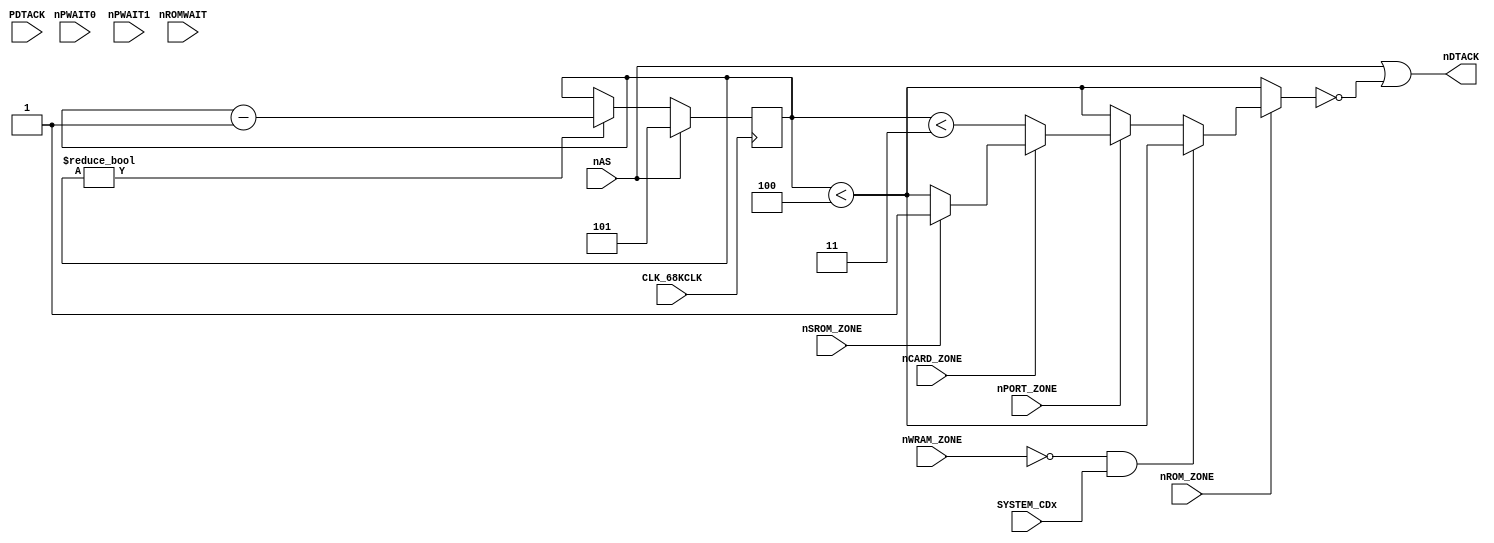
module c1_wait(
	input CLK_68KCLK, nAS,
	input SYSTEM_CDx,
	input nROM_ZONE, nWRAM_ZONE, nPORT_ZONE, nCARD_ZONE, nSROM_ZONE,
	input nROMWAIT, nPWAIT0, nPWAIT1, PDTACK,
	output nDTACK
);

	reg [2:0] WAIT_CNT;
	
	//assign nPDTACK = ~(nPORT_ZONE | PDTACK);		// Really a NOR ? May stall CPU if PDTACK = GND

	// Notes:
	// Normally, nDTACK = nAS for nROM_ZONE
	
	parameter WAIT_SDRAM = 4;
	
	assign nDTACK = nAS | ~WAIT_MUX;					// Is it nVALID instead of nAS ?
	
	wire WAIT_MUX = (!nROM_ZONE) ? (WAIT_CNT < WAIT_SDRAM) :
			(!nWRAM_ZONE & SYSTEM_CDx) ? (WAIT_CNT < WAIT_SDRAM) :
			(!nPORT_ZONE) ? (WAIT_CNT < WAIT_SDRAM) :
			(!nCARD_ZONE) ? (WAIT_CNT < 3) :
			(!nSROM_ZONE) ? (WAIT_CNT < WAIT_SDRAM) :
			1'b1;
	
	//assign nCLK_68KCLK = ~nCLK_68KCLK;
	
	always @(posedge CLK_68KCLK)	// negedge
	begin
		if (!nAS)
		begin
			if (WAIT_CNT)
				WAIT_CNT <= WAIT_CNT - 1'b1;
		end
		else
		begin
			WAIT_CNT <= 5;
		end
	end
	
endmodule